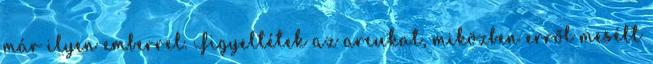
már ilyen emberrel. Figyeltétek az arcukat, miközben erről mesélt